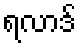
ရလာဒ်